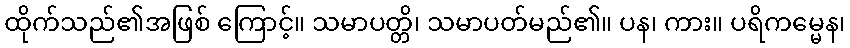
ထိုက်သည်၏အဖြစ် ကြောင့်။ သမာပတ္တိ၊ သမာပတ်မည်၏။ ပန၊ ကား။ ပရိကမ္မေန၊